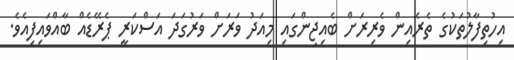
އިހުތިފާލުތަކުގެ ތެރެއިން ވެރިރަށް ބެއިޖިންގައި މިއަދު ވަރަށް ވަރުގަދަ އަސްކަރީ ޕެރޭޑެއް ބާއްވައިފިއެވެ.